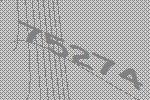
75274